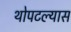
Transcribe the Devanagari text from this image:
थोपटल्यास